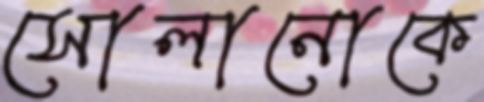
সোলানোকে